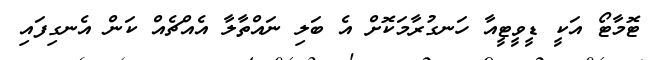
ޓޮމާޓޯ އަކީ ޑީވީޓީއާ ހަނގުރާމަކޮށް އެ ބަލި ނައްތާލާ އެއްޗެއް ކަން އެނގިފައި